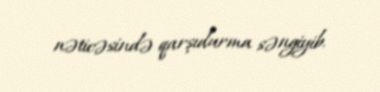
nəticəsində qarşıdurma səngiyib.